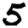
Digit: 5